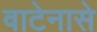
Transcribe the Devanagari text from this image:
वाटेनासे